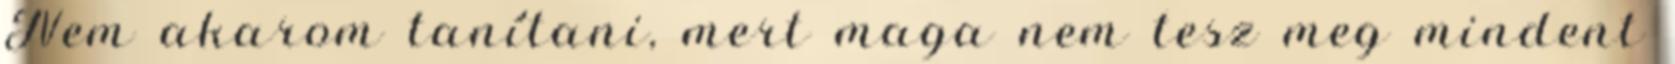
Nem akarom tanítani, mert maga nem tesz meg mindent